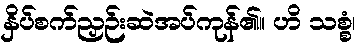
နှိပ်စက်ညှဉ်းဆဲအပ်ကုန်၏။ ဟိ သစ္စံ၊